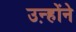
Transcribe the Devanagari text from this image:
उऩ्होंने